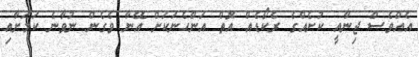
އެއްވެސް ޖިނާއީ ކުށެއްގެ ރެކޯޑެއް އޮތް އަންހެނަކަށް އޭނާ ވެގެން ނުވާނެ ކަމަށާއި